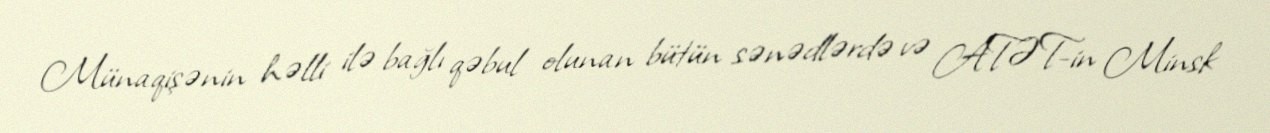
Münaqişənin həlli ilə bağlı qəbul olunan bütün sənədlərdə və ATƏT-in Minsk